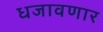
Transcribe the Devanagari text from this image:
धजावणार